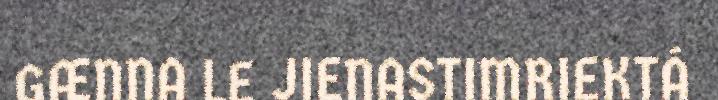
GÆNNA LE JIENASTIMRIEKTÁ